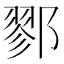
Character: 鄝